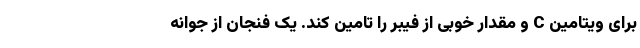
برای ویتامین C و مقدار خوبی از فیبر را تامین کند. یک فنجان از جوانه